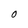
Character: O